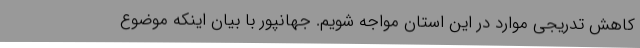
کاهش تدریجی موارد در این استان مواجه شویم. جهانپور با بیان اینکه موضوع